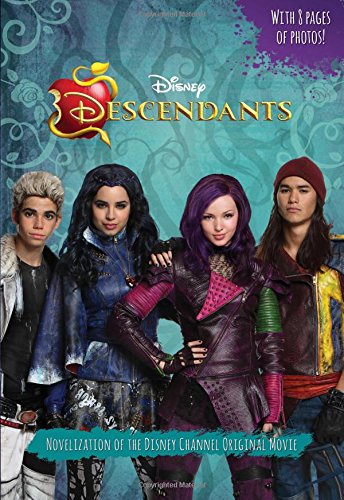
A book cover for Descendants: Junior Novel; Rico Green; Children's Books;